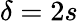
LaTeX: \delta=2s